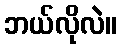
ဘယ်လိုလဲ။